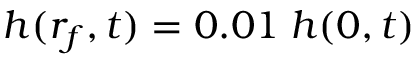
h ( r _ { f } , t ) = 0 . 0 1 \; h ( 0 , t )